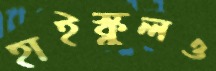
হাইস্কুলও